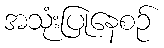
အသုံးပြုနေစဉ်